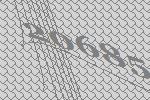
20685